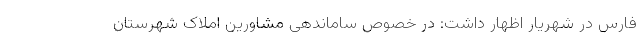
فارس در شهریار اظهار داشت: در خصوص ساماندهی مشاورین املاک شهرستان